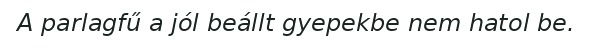
A parlagfű a jól beállt gyepekbe nem hatol be.